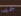
جيد